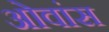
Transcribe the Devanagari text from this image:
ओवांस